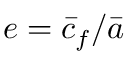
e = \bar { c } _ { f } / \bar { a }